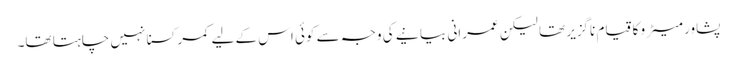
پشاور میٹرو کا قیام ناگزیر تھا لیکن عمرانی بیانیے کی وجہ سے کوئی اس کے لیے کمر کسنا نہیں چاہتا تھا۔